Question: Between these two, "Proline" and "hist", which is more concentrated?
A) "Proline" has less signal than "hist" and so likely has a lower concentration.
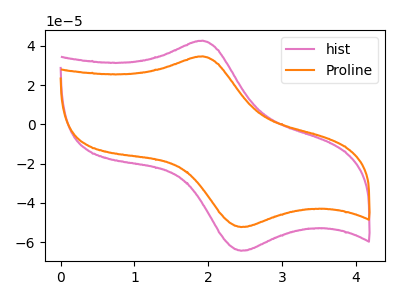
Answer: <think>The pink curve "hist" has an anodic peak at (1.90V, 42.60uA) and a cathodic peak at (2.45V, -64.40uA). The orange curve "Proline" has an anodic peak at (1.90V, 34.60uA) and a cathodic peak at (2.45V, -52.35uA).
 All the peaks in "Proline" have a peak in "hist" at the same potential. Every peak in "Proline" is lower than every peak in "hist".</think>
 <answer>A) "Proline" has less signal than "hist" and so likely has a lower concentration.</answer>
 <eval>A</eval>